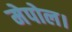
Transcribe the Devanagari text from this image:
मेपोल।